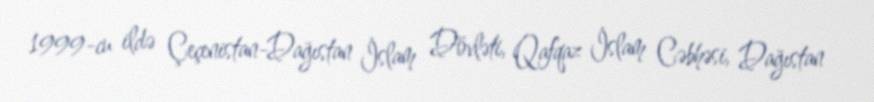
1999-cu ildə Çeçenistan-Dağıstan İslam Dövləti, Qafqaz İslam Cəbhəsi, Dağıstan